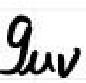
$g_{\mu\nu}$